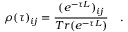
\rho ( \tau ) _ { i j } = \frac { ( e ^ { - \tau L } ) _ { i j } } { T r ( e ^ { - \tau L } ) } \quad .